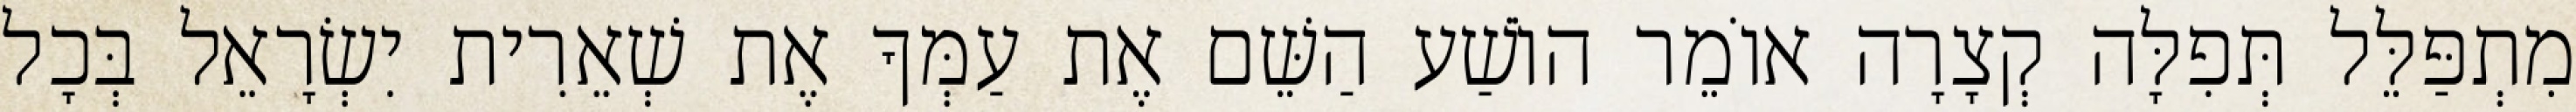
מִתְפַּלֵּל תְּפִלָּה קְצָרָה אוֹמֵר הוֹשַׁע הַשֵּׁם אֶת עַמְּךָ אֶת שְׁאֵרִית יִשְׂרָאֵל בְּכָל